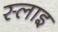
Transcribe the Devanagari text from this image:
स्लाइ